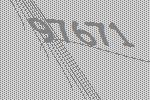
97671